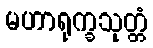
မဟာရုက္ခသုတ္တံ